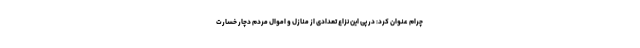
چرام عنوان کرد: در پی این نزاع تعدادی از منازل و اموال مردم دچار خسارت